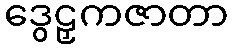
ဒွေဠှကဇာတာ